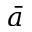
\bar { a }